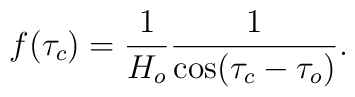
f(\tau_c)=\frac{1}{H_o}\frac{1}{\cos(\tau_c-\tau_o)}.